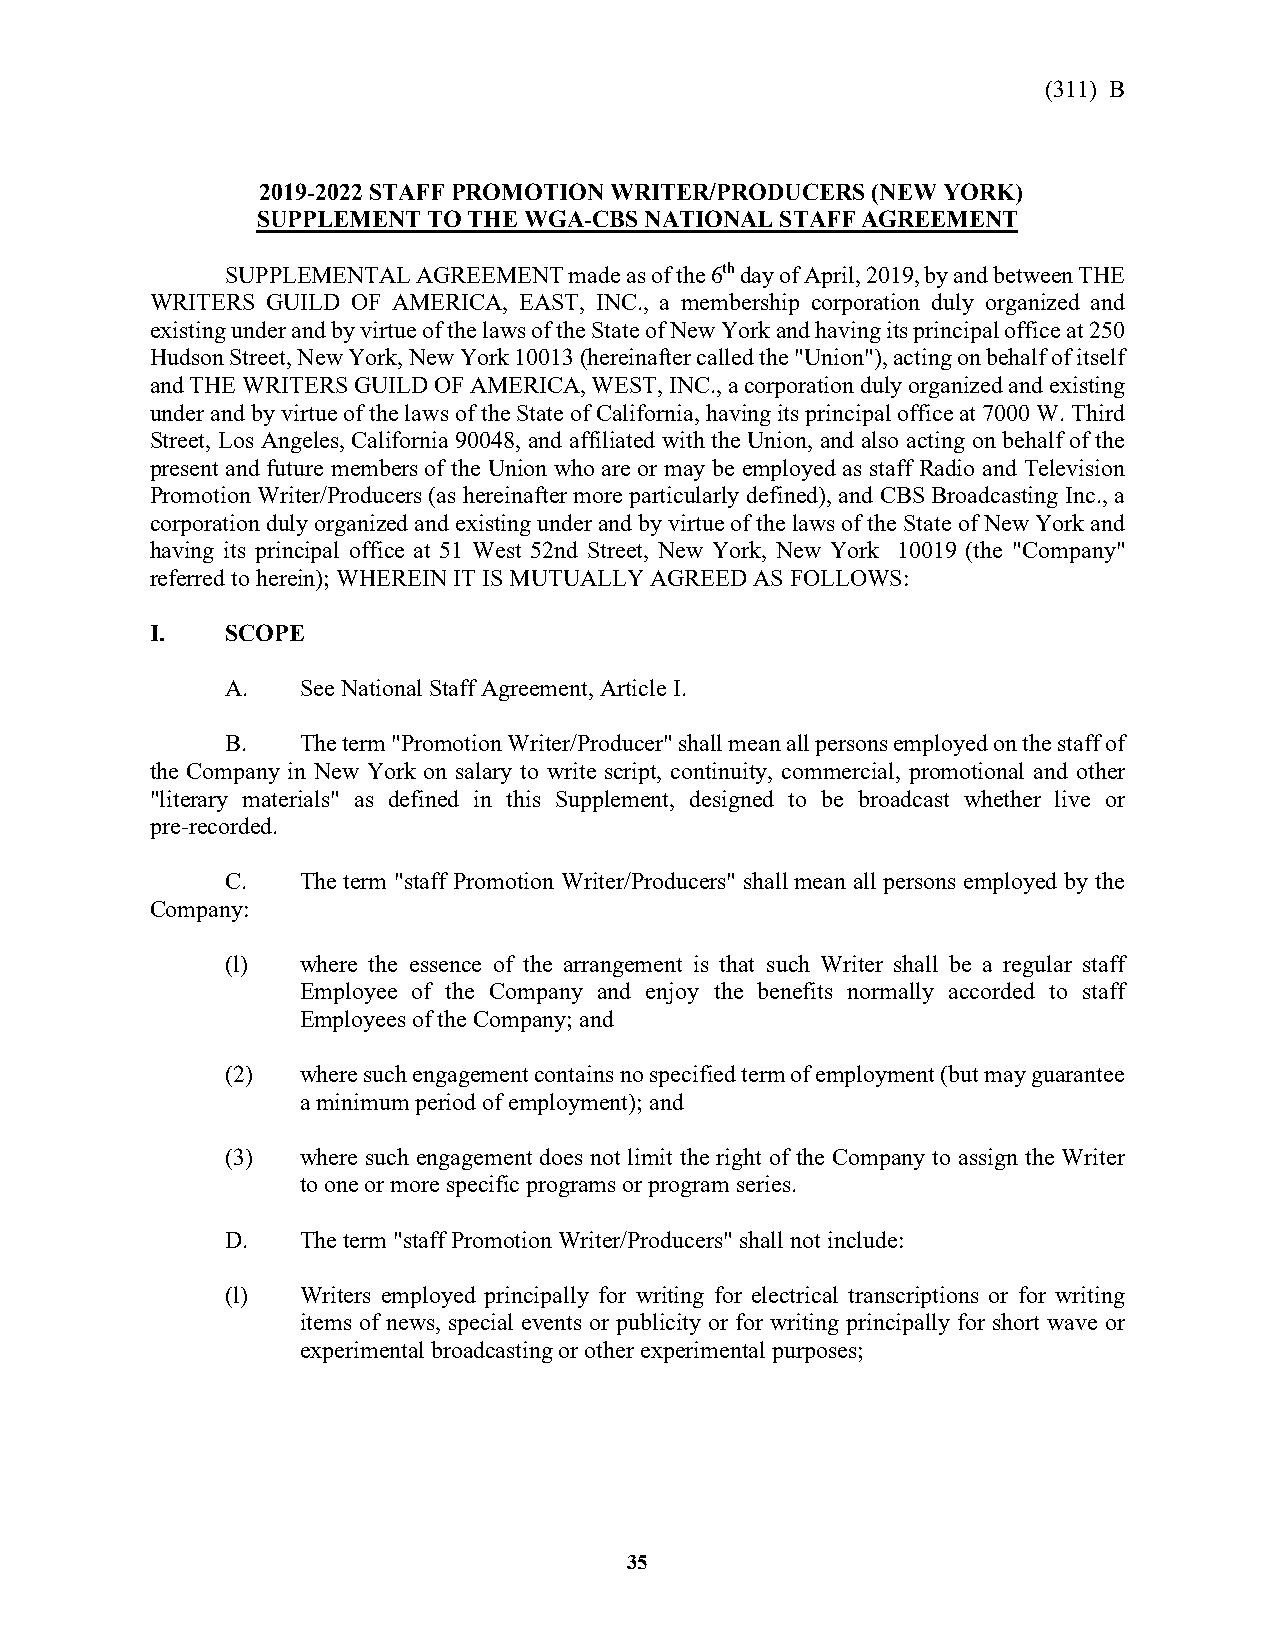
(311) B
 2019-2022 STAFF PROMOTION WRITER/PRODUCERS (NEW YORK)
 SUPPLEMENT TO THE WGA-CBS NATIONAL STAFF AGREEMENT
 SUPPLEMENTAL AGREEMENT made as of the 6th day of April, 2019, by and between THE
 WRITERS GUILD OF AMERICA, EAST, INC., a membership corporation duly organized and
 existing under and by virtue of the laws of the State of New York and having its principal office at 250
 Hudson Street, New York, New York 10013 (hereinafter called the "Union"), acting on behalf of itself
 and THE WRITERS GUILD OF AMERICA, WEST, INC., a corporation duly organized and existing
 under and by virtue of the laws of the State of California, having its principal office at 7000 W. Third
 Street, Los Angeles, California 90048, and affiliated with the Union, and also acting on behalf of the
 present and future members of the Union who are or may be employed as staff Radio and Television
 Promotion Writer/Producers (as hereinafter more particularly defined), and CBS Broadcasting Inc., a
 corporation duly organized and existing under and by virtue of the laws of the State of New York and
 having its principal office at 51 West 52nd Street, New York, New York 10019 (the "Company"
 referred to herein); WHEREIN IT IS MUTUALLY AGREED AS FOLLOWS:
 I.   SCOPE
 A.   See National Staff Agreement, Article I.
 B.   The term "Promotion Writer/Producer" shall mean all persons employed on the staff of
 the Company in New York on salary to write script, continuity, commercial, promotional and other
 "literary materials" as defined in this Supplement, designed to be broadcast whether live or
 pre-recorded.
 C.   The term "staff Promotion Writer/Producers" shall mean all persons employed by the
 Company:
 (l)  where the essence of the arrangement is that such Writer shall be a regular staff
 Employee of the Company and enjoy the benefits normally accorded to staff
 Employees of the Company; and
 (2)  where such engagement contains no specified term of employment (but may guarantee
 a minimum period of employment); and
 (3)  where such engagement does not limit the right of the Company to assign the Writer
 to one or more specific programs or program series.
 D.   The term "staff Promotion Writer/Producers" shall not include:
 (l)  Writers employed principally for writing for electrical transcriptions or for writing
 items of news, special events or publicity or for writing principally for short wave or
 experimental broadcasting or other experimental purposes;
 35